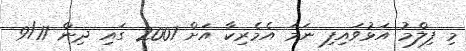
މި ފިލްމު އަޅުވައިފި ނަމަ އެމެރިކާ އަށް 2001 ގައި ދިން 9/11